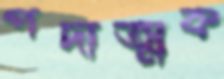
পদাত্মক